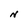
Character: N